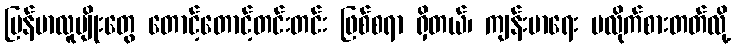
မြန်မာလူမျိုးတွေ တောင့်တောင့်တင်းတင်း ဖြစ်စရာ ရှိတယ်၊ ကျန်းမာရေး မလိုက်စားတတ်လို့